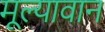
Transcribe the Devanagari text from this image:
मूल्‍यावान